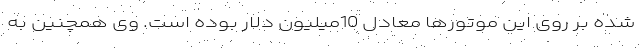
شده بر روی این موتورها معادل 10میلیون دلار بوده است. وی همچنین به